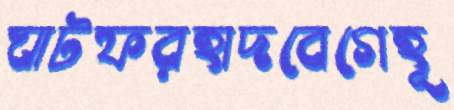
ঘাটফরহাদবেগেহূ